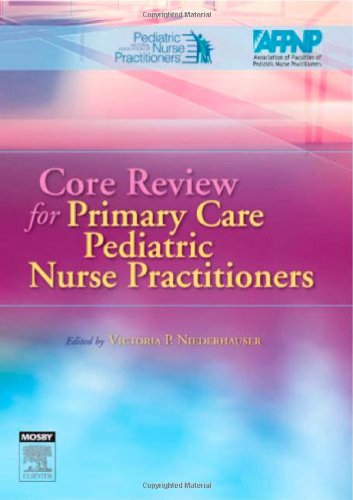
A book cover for Core Review for Primary Care Pediatric Nurse Practitioners, 1e; NAPNAP; Medical Books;